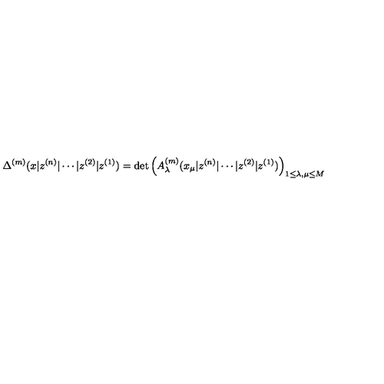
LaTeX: \Delta ^ { ( m ) } ( x | z ^ { ( n ) } | \cdots | z ^ { ( 2 ) } | z ^ { ( 1 ) } ) = \det \left( A _ { \lambda } ^ { ( m ) } ( x _ { \mu } | z ^ { ( n ) } | \cdots | z ^ { ( 2 ) } | z ^ { ( 1 ) } ) \right) _ { 1 \leq \lambda , \mu \leq M }